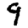
Digit: 9